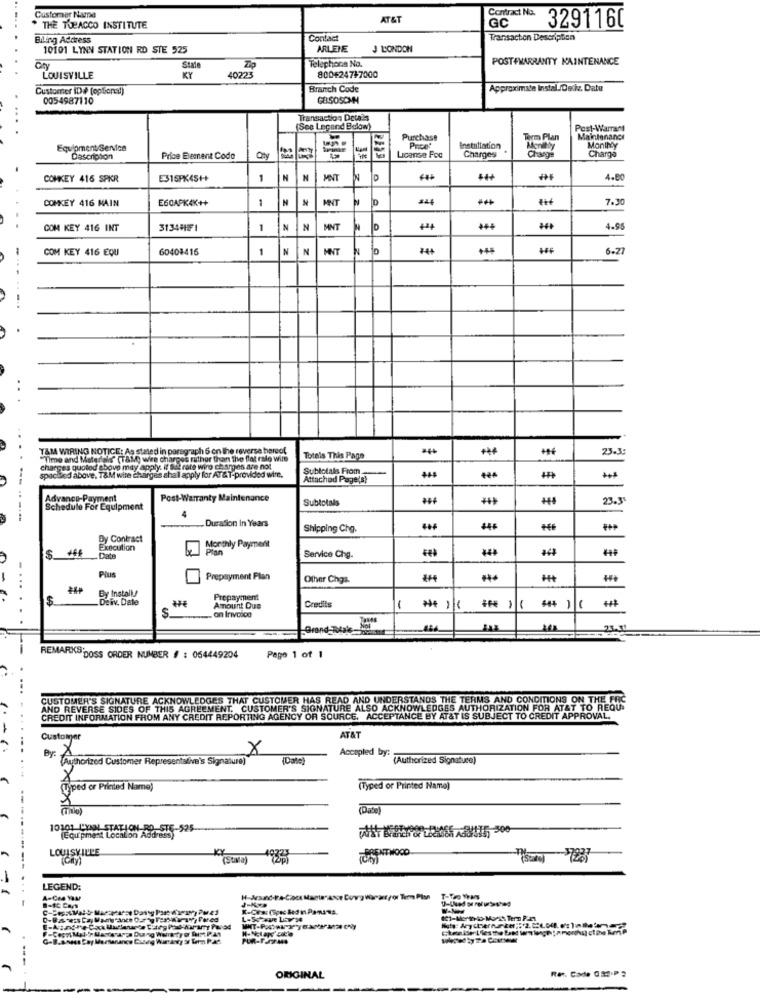
Contract No.
Customer Name
AT&T
THE TOBACCO INSTITUTE
GC
3291160
Biling Address
Contact
Transaction Description
10101 LYNN STATION RD STE 525
ARLENE
J LONDON
Telephone No.
POST+WARRANTY MAINTENANCE
Cty
Suite
LOUISVILLE
KY
40223
800624747000
Customer ID# (optional)
Branch Code
Approximate Instal /Detiz. Date
0054987110
GASOSOMH
Transaction Details
(See Legend Below)
Post-Warrant
Purchase
Makulenance
Equipment Service
installation
MoniNY
Descripion
Price Bement Codo
License Foc
Charges
Charge
COMKEY 416 SPKR
E315PX4S++
1
IN
N
MINT
4.80
COMKEY 416 MAIN
E60APK4K++
1
MINT
7.30
COM KEY 416 INT
3134H51
1
N
MNT
10
4.95
COM KEY 416 EQU
60408416
1
NN
MNT
344
6.27
T&M WIRING NOTICE: As stated in paragraph 6 on the reverse hereof,
23.39
"Time and Materials" (TAM wie charges rather than The flat ralo wire
Totais This Page
charges quotod above may apply. if Sie rate wiro charges are not.
Subtotals From
......
spached above. T&M wire charges shall apply for AT&T-provided wie.
Attached Page(s)
Advance-Payment
Post-Warranty Maintenance
Subtotals
23.3"
Schedule For Equipment
. Duration In Years
Shipping Chg.
**
Dy Contract
44
Execution
Monthly Payment
Date
Service Chg.
Pis
Prepayment Plan
Other Chga.
By InstallJ
$
Deiv. Date
Prepayment
Credits
Amount Due
-
** ) ( ** ) (
S.
. an Invoice
Grand-Total_
REMARKS DOSS ORDER NUMBER # : 064449204
Page 1 of 1
CUSTOMER'S SIGNATURE ACKNOWLEDGES THAT CUSTOMER HAS READ AND UNDERSTANDS THE TERMS AND CONDITIONS ON THE FRC
AND REVERSE SIDES OF THIS AGREEMENT. CUSTOMER'S SIGNATURE A
TURE ALSO ACKNOWLEDGES AUTHORIZATION FOR AT&T TO REQU.
CREDIT INFORMATION FROM ANY CREDIT REPORTING AGENCY OR SOURCE. ACCEPTANCE BY AT&T IS SUBJECT TO CREDIT APPROVAL.
...
Customer
AT&T
X
By:
(Authorized Customer Representative's Signature)
(Date)
Accepled by: [Authorized Signature)
Typed or Printed Name)
(Typed or Printed Name)
(Date)
10101 LYNN STATION RO STE-525-
(Equ'pment Location Address)
LOUISVILLE
KY
(Stwa)
-10323
(Stan) $7237
-
LEGEND:
A-Ces VOM
H-And-VA-Cac Manterance Duvg Warranty or Term Pisa
J-Kxe
T-ToYas
G-B.AN
Ret. Cade 029.P ?
ORIGINAL